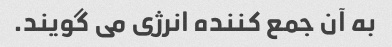
به آن جمع کننده انرژی می گویند.